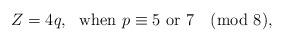
LaTeX: \begin{align*}Z=4q, \ \mbox{ when } p \equiv 5 \mbox{ or } 7 \pmod 8,\end{align*}